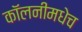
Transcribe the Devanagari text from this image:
कॉलनीमधेच